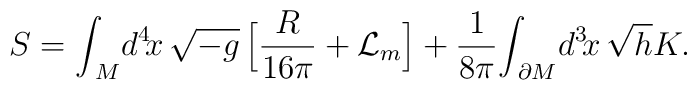
S = {\int}_{\!\!M} d^4\! x \, \sqrt{-g}\,\Big[ {R \over 16 \pi} + {\cal L}_{m} \Big] + \frac{1}{8{\pi}}{\int}_{\!\!\partial M} d^{3}\!x\, \sqrt{h}K.